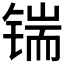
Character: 𰾜